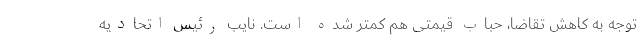
توجه به کاهش تقاضا، حباب قیمتی هم کمتر شده است. نایب رئیس اتحادیه